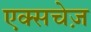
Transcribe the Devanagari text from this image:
एक्सचेज़